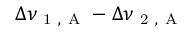
\Delta \nu _ { \mathrm { ~ 1 ~ , ~ A ~ } } - \Delta \nu _ { \mathrm { ~ 2 ~ , ~ A ~ } }